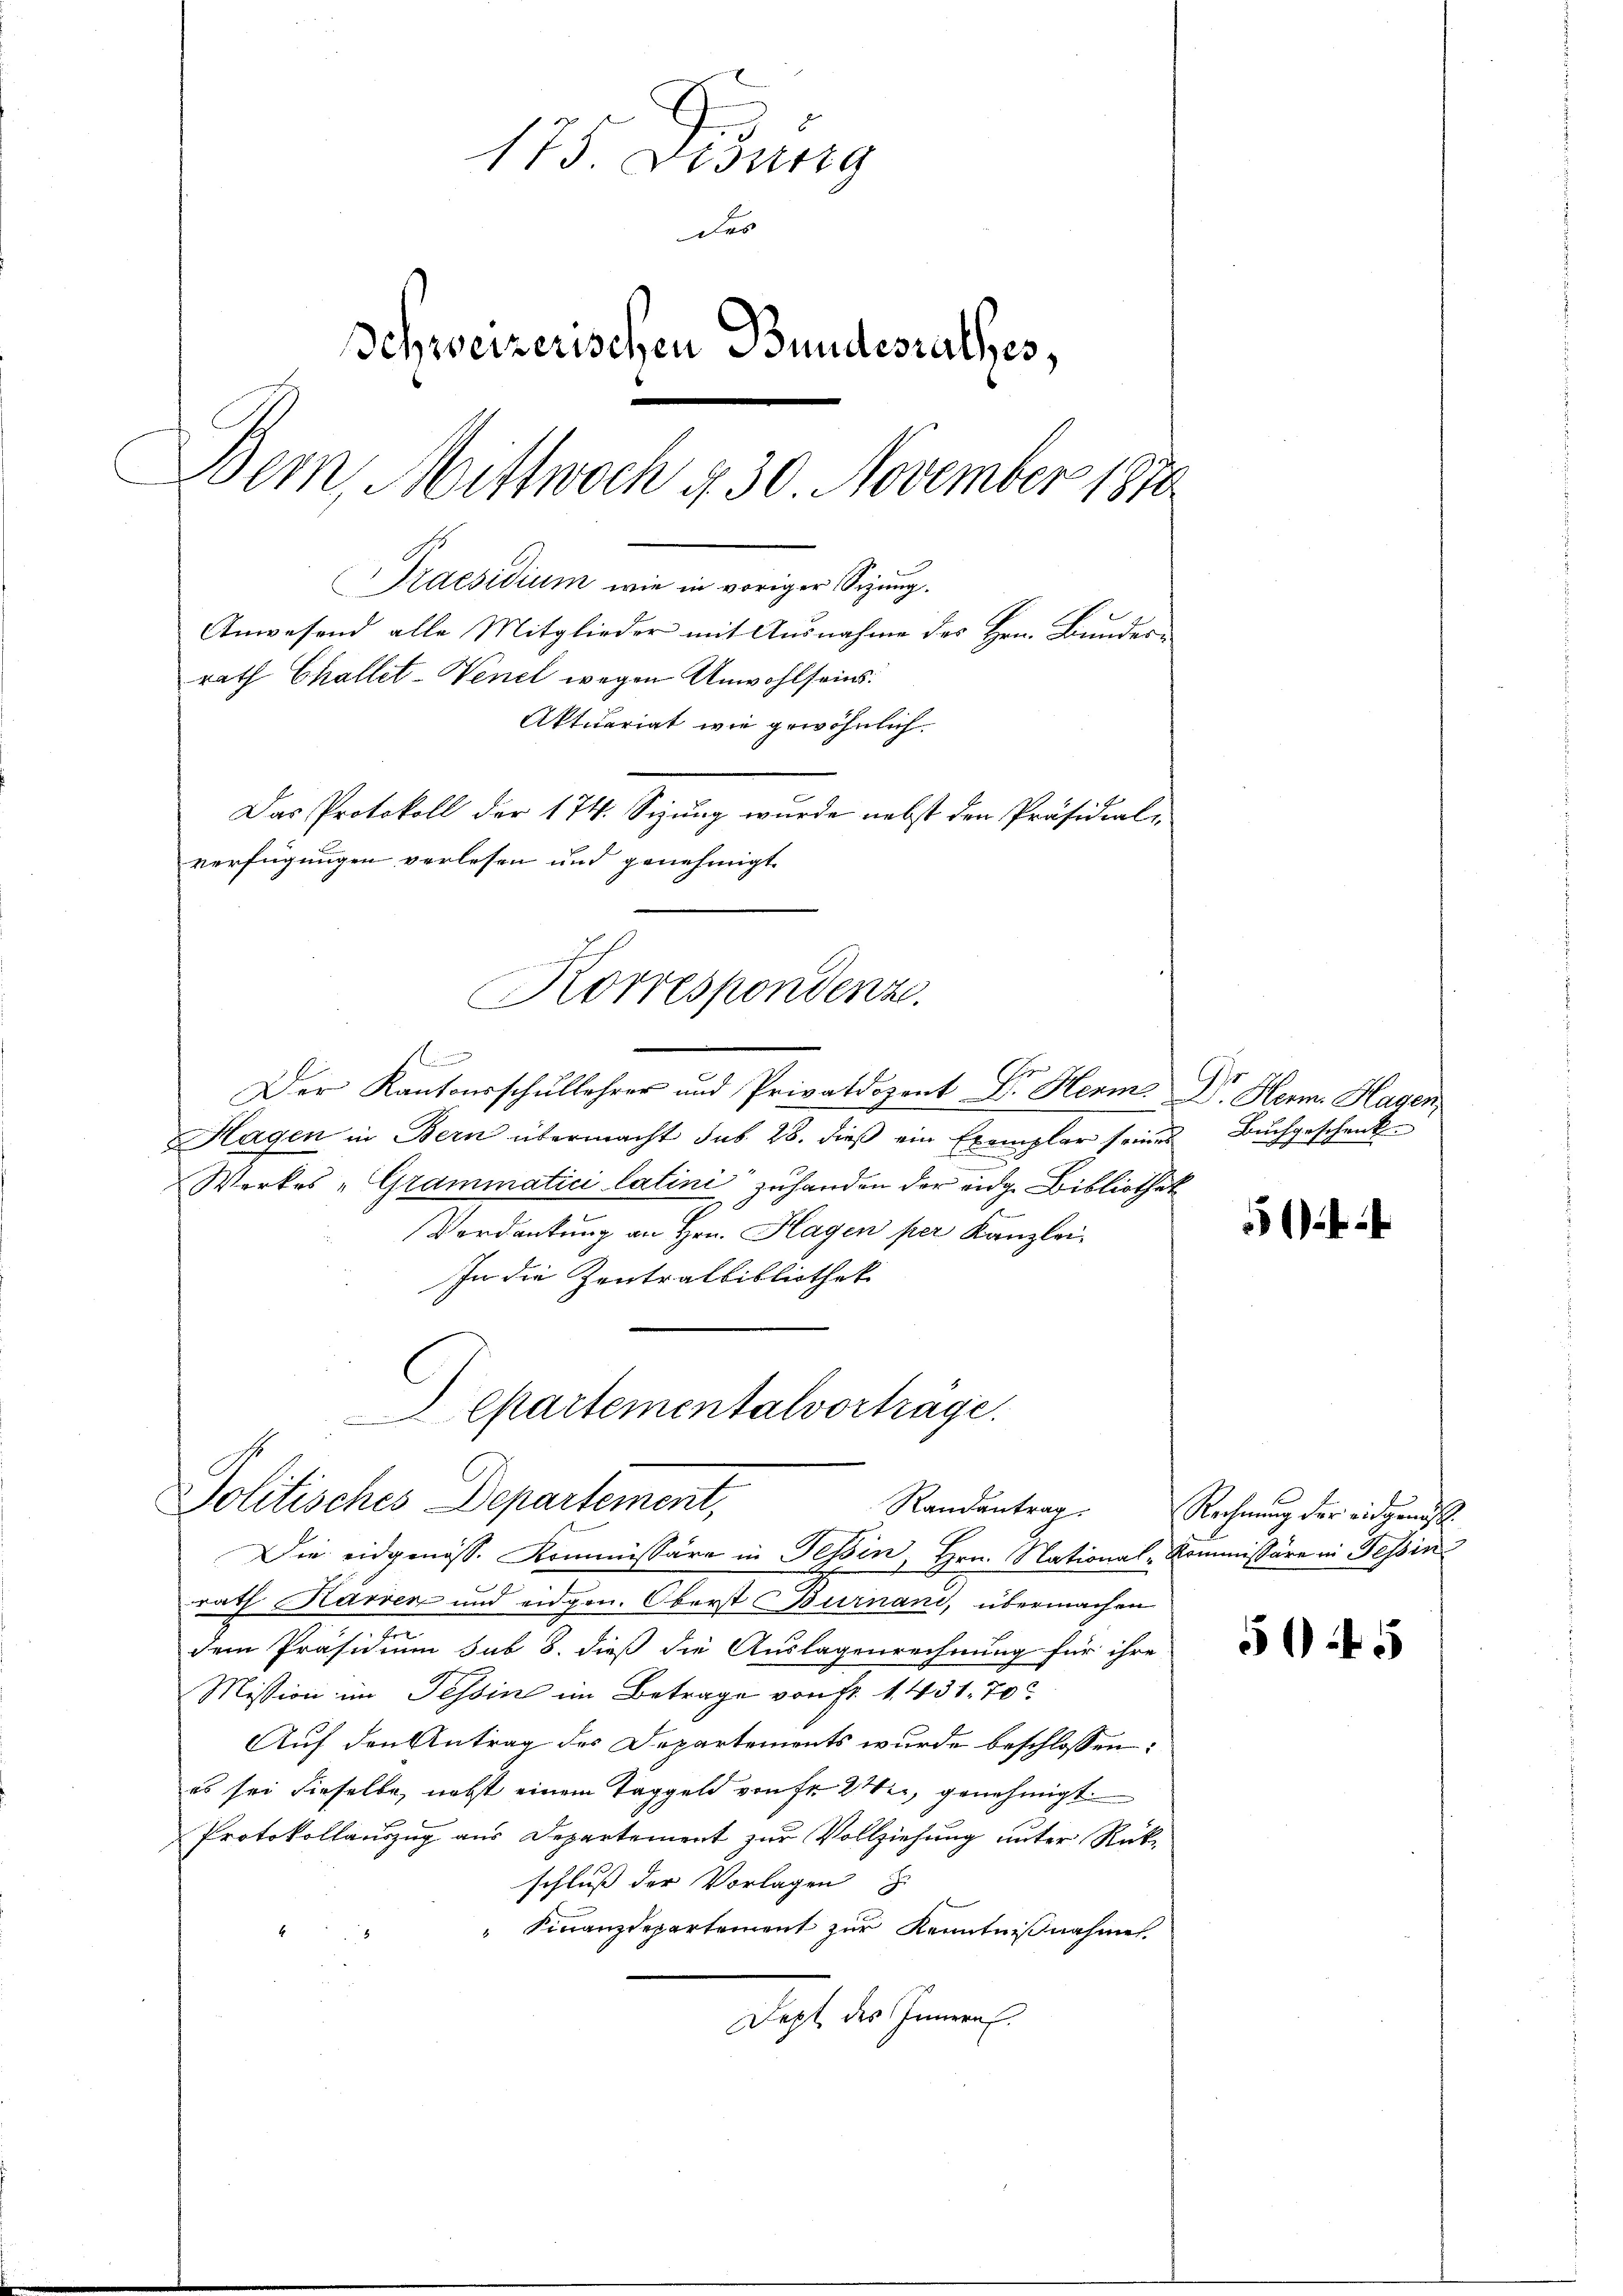
175. Widerig
des
Schweizerischen Bundesrathes,
Bem, Mittwoch d. 30. November 1870
Praesidium wie in voriger Sizung.
Anwesend alle Mitglieder mit Ausnahme des Hrn. Bunder-
rath Challet-Venel wegen Unwohlsein.
Aktuariat wie gewöhnlich.
Das Protokoll der 174. Sizung wurde nebst den Präsidial-

verfügungen verlesen und genehmigt.

Korrespondenz.

f
Der Kantonsschullehrer und Privatdozent Dr. Herm. Dr. Herm. Hagen
Hagen in Bern übermacht sub 28. dieß ein Exemplar seines Buchgeschenk-
Werkes „Grammatici latini zuhanden der eidge Bibliothek
Verdankung an Hrn. Hagen per Kanzlei
In die Zentralbibliothek
Departementalvorträge.

Politisches Departement,
Randantrag.
Die eidgenöss. Kommissäre in Tessin, Hrn. National-Kommissäre in Tessin

rath Harren und eidgen. Oberst Burnani, übermachen
.
dem Präsidium sub 8. dieß die Auslagenrechnung für ihre
Mission im Tessin im Betrage von Fr. 1. 431. 70
Auf den Antrag des Departements wurde beschlossen:
es sei dieselbe, nebst einem Taggeld von Fr. 2, genehmigt.
Protokollauszug aus Departement zur Vollziehung unter Rück-
schluß der Vorlagen
 Finanzdepartement zur Kenntnißnahmen.
Jept des Innern.

Rechnung der eidgenöß

505